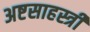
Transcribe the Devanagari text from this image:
अष्टसाहस्त्री